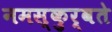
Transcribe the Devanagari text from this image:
नमस्कुर्वते